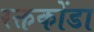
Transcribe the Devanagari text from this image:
रक्तकोंडा